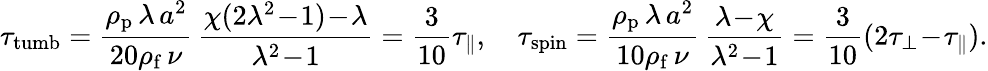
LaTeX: \tau_{\mathrm{tumb}}=\frac{\rho_{\mathrm{p}}\, \lambda\, a^{2}}{20\rho_{\mathrm{f}}\, \nu}\, \frac{\chi(2\lambda^{2}\! -\! 1)\! -\! \lambda}{\lambda^{2}\! -\! 1}=\frac{3}{10}\tau_{\parallel},\quad\tau_{\mathrm{spin}}=\frac{\rho_{\mathrm{p}}\, \lambda\, a^{2}}{10\rho_{\mathrm{f}}\, \nu}\, \frac{\lambda\! -\! \chi}{\lambda^{2}\! -\! 1}=\frac{3}{10}(2\tau_{\perp}\! -\! \tau_{\parallel}).